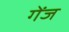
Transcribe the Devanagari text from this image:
गेंज